Annual report on the working of the lock hospitals in the Central Provinces
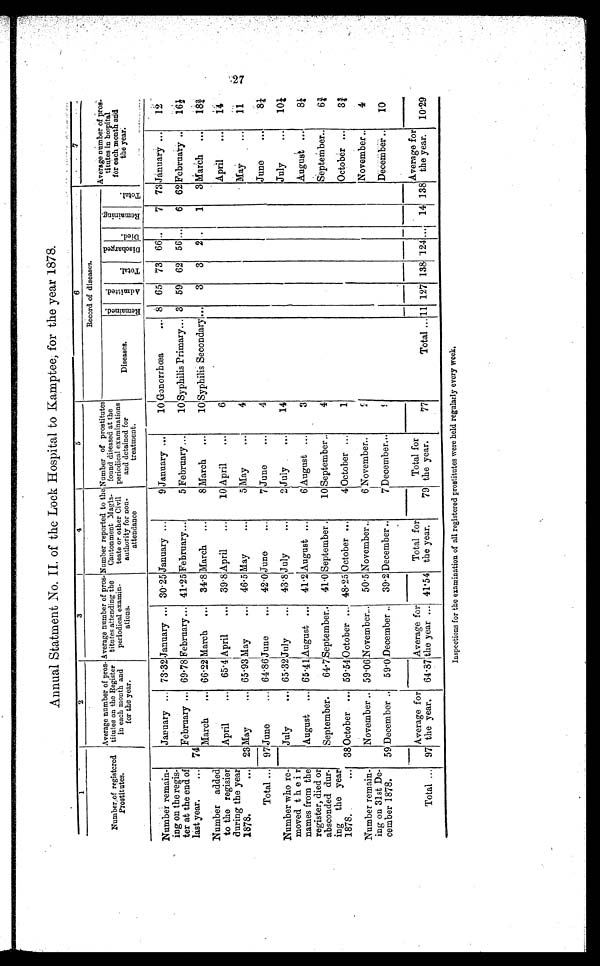
Annual Statment No. II. of the Lock Hospital to Kam
ptee, for the year 1878.
1
2
3
4
5
6
7
Number of registered
Prostitutes.
Average number of pros
-titutes on the Register
in each mouth and
for the year .
Average number of pros-
titutes attending the
periodical examin-
ations.
Number reported to the
Cantonment Magìs-
teate or other Civil
authority for non-
attendance
Number of prostitutes
found diseased at the
periodical examinations
and detained for
treatment.
Record of diseases.
Average number of pros
-titutes in hospital
for each month mid
the year.
Diseases.
Remai ned
A d m i t t e d .
T o t a l
D i s c h a r g e d .
Di ed
R e m a i n i n g .
Tot al
Number remain-
ing on the regis-
ter at the end of
last year.
...
January ... 73.32 January ... 30.25 January ...
9 January ...
10 Gonorrhœa
... 8
6 5 73 66 ...
7 73 January ...
1
74
February ... 69.78 February ... 41.25 February...
5 February ...
10 Syphilis Primary... 3 59 62 56 ...
6 62 February ..
16½
March
... 66.22 March
...
34.8 March
...
8 March
...
10 Syphilis Secondary ...
3
3
2 ...
1
3 March
...
18¾
Number added
to the regisier
during the year
1878.
...
April
...
65.4 April
...
39.8 April
...
10 April
...
6
April
...
14
23 May
... 65.93 May
...
46.5 May
...
5 May
...
4
May
...
11
Total ... 97 June
... 64.86 June...
42.0 June
...
7 June
...
4
June
...
8¼
Number who re-
moved the i r
names from the
register, died or
absconded dun-
ing the year
1878.
...
July
... 65.32 July
...
43.8 July
...
2 July
...
14
July
...
10¼
August ... 65.41
August ...
41.2
August
...
6 August ...
3
August ....
8¼
September...
64.7
September
...
41.0 September ...
10 September ..
4
September...
6¾
38 October ... 59.54 October ... 48.25 October ...
4 October ...
1
October ...
3¾
Number remain-
ing on 31st De-
cember 1878.
November ... 59.06 November...
50.5 November ..
6 November..
2
November ...
4
59 December ... 59.0 December ..
39.2 December ...
7 December...
9
December ...
10
Total ... 97
Average for
the year.
64.37
Average for
the y ear ... 41.54
Total for
the year.
79
Total for
the year.
77
Total ... 11 127 138 124 ... 14 138
Average for
the year.
10.29
Inspections for the examination of all registered prostitutes were held regularly every week.